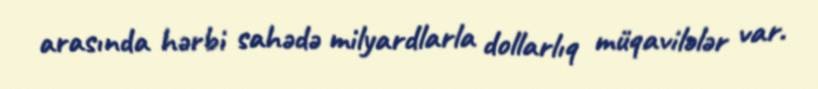
arasında hərbi sahədə milyardlarla dollarlıq müqavilələr var.